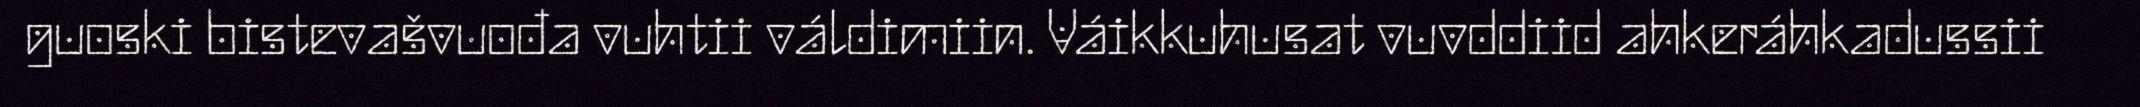
guoski bistevašvuođa vuhtii váldimiin. Váikkuhusat vuvddiid ahkeráhkadussii